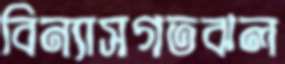
বিন্যাসগতঝল